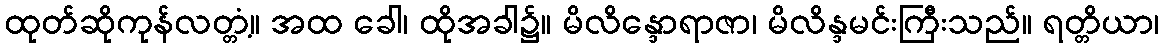
ထုတ်ဆိုကုန်လတ္တံ့။ အထ ခေါ၊ ထိုအခါ၌။ မိလိန္ဒောရာဇာ၊ မိလိန္ဒမင်းကြီးသည်။ ရတ္တိယာ၊